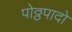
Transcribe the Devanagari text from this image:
पोठ्ठपादो